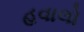
હવાલો